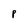
Character: p